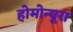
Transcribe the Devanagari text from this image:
होमोन्यूरा